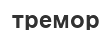
тремор